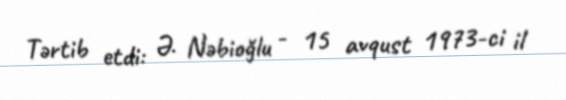
Tərtib etdi: Ə. Nəbioğlu - 15 avqust 1973-ci il